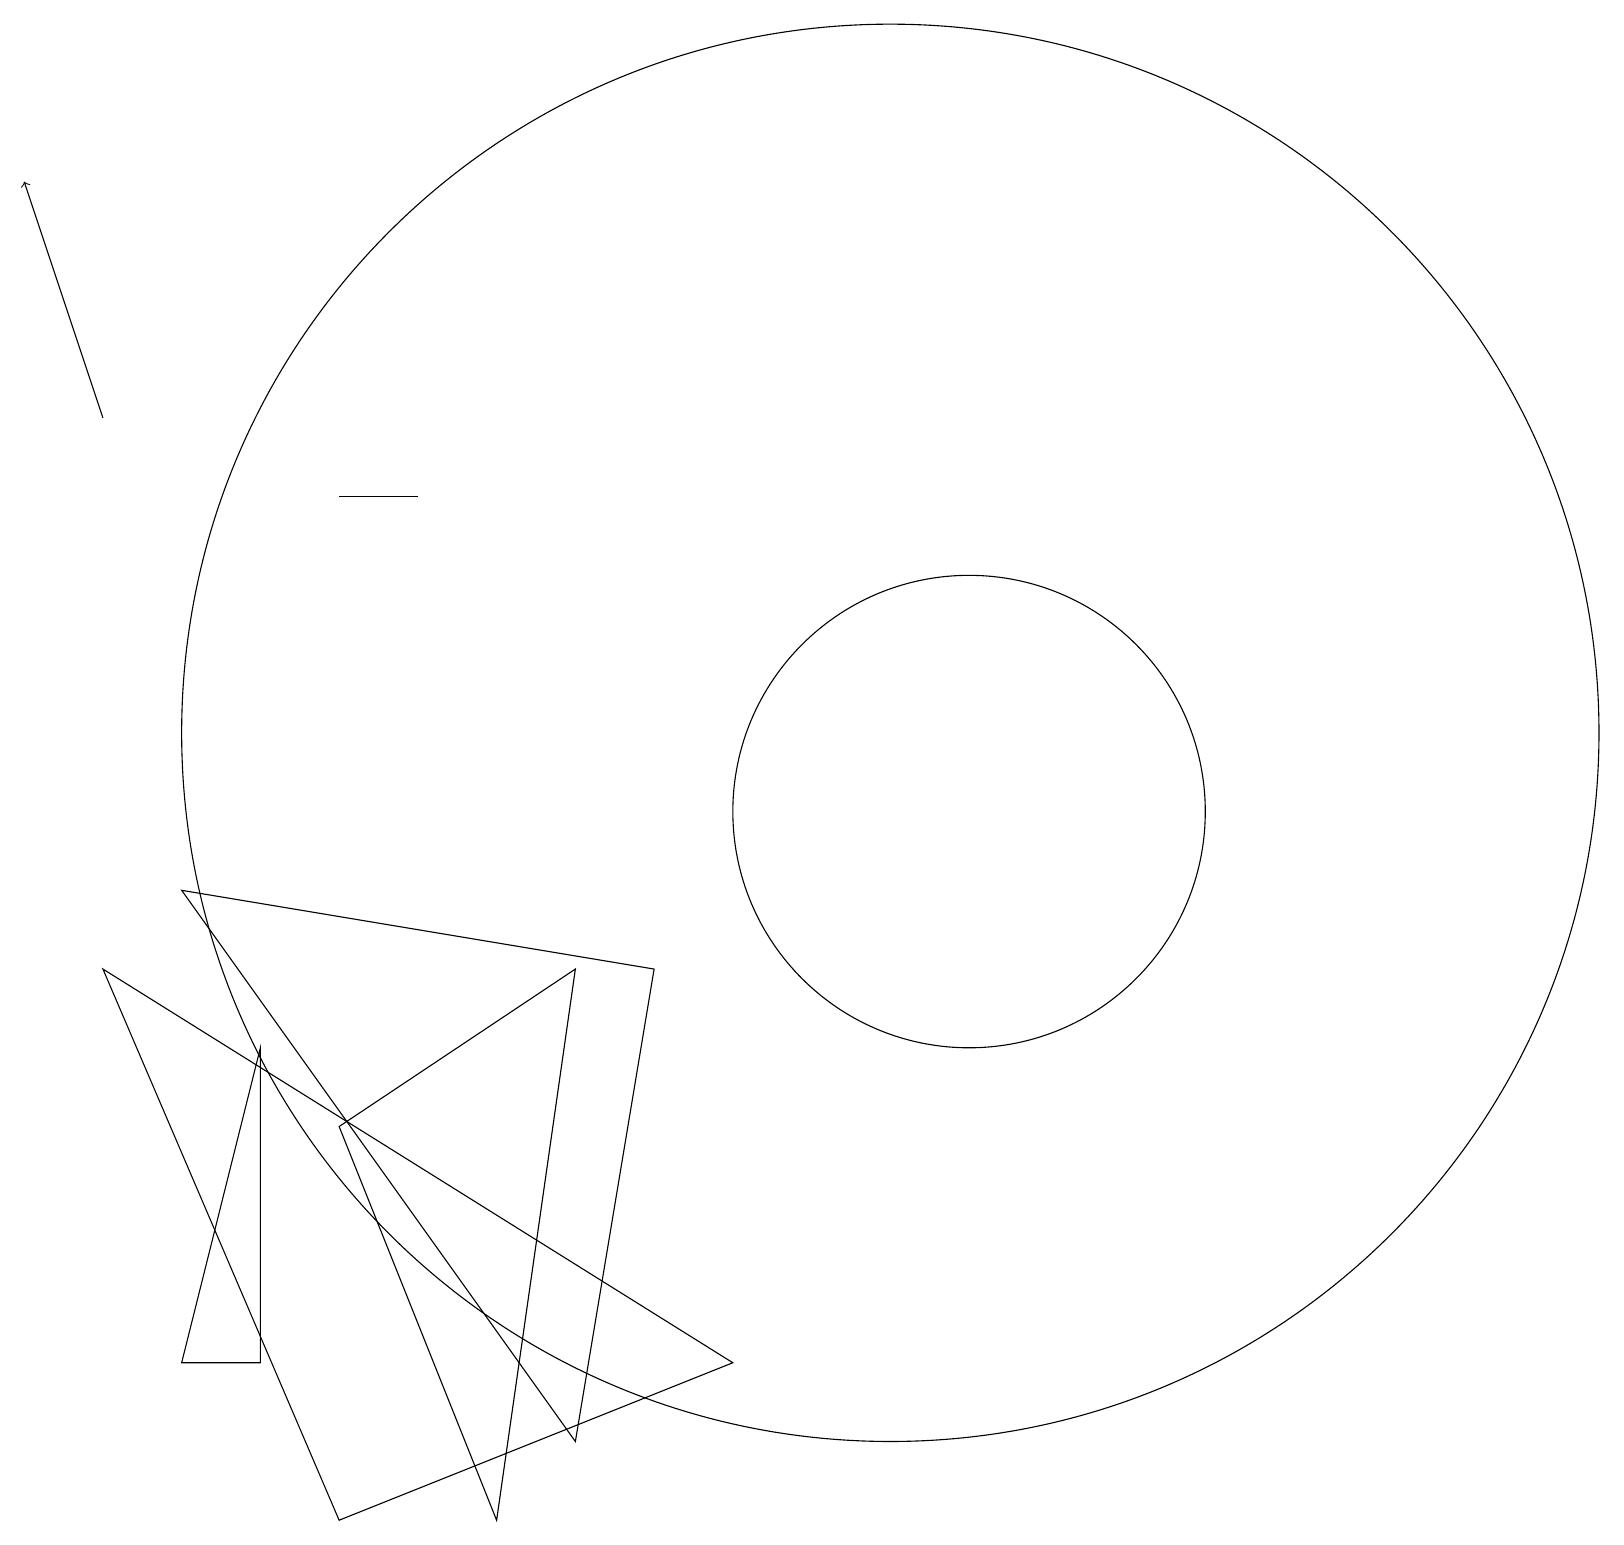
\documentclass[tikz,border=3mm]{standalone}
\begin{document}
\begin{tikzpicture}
\draw (6,1) -- (7,8) -- (4,6) -- cycle;
\draw (8,8) -- (2,9) -- (7,2) -- cycle;
\draw (12,10) circle (3);
\draw (4,14) rectangle (5,14);
\draw[->] (1,15) -- (0,18);
\draw (2,3) -- (3,7) -- (3,3) -- cycle;
\draw (4,1) -- (1,8) -- (9,3) -- cycle;
\draw (11,11) circle (9);
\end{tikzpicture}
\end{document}